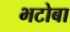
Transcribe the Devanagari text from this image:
भटोबा